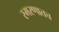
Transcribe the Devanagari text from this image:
स्मरणातच